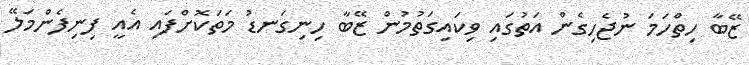
ޒޭބާ ހިތްހަމަ ނުޖެހިގެން އަތުގައި ވިކައިގަތުމުން ޒޭބާ ހިނިގަނޑު މަތަކޮށްފައި އެއީ ފިނިފެންމަލޭ